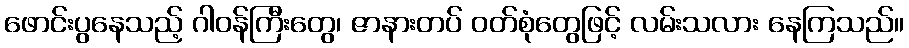
ဖောင်းပွနေသည့် ဂါဝန်ကြီးတွေ၊ ဇာနားတပ် ဝတ်စုံတွေဖြင့် လမ်းသလား နေကြသည်။